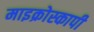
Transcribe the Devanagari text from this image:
माइक्रोस्कापी